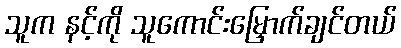
သူက နင့်ကို သူကောင်းမြှောက်ချင်တယ်